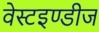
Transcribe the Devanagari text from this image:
वेस्टइण्डीज